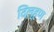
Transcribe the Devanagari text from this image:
दिल्हण